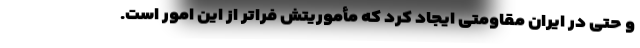
و حتی در ایران مقاومتی ایجاد کرد که مأموریتش فراتر از این امور است.